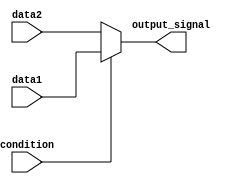
module conditional_assignment (
    input wire condition,      // Condition signal (1-bit)
    input wire [7:0] data1,   // First data input (8-bit)
    input wire [7:0] data2,   // Second data input (8-bit)
    output reg [7:0] output_signal // Output signal (8-bit)
);

    always @(*) begin
        // Conditional continuous assignment using ternary operator
        output_signal = condition ? data1 : data2;
    end

endmodule